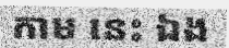
កាម នេះ ឯង